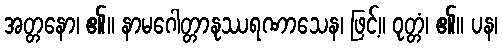
အတ္တနော၊ ၏။ နာမဂေါတ္တာနုဿရဏာသေန၊ ဖြင့်။ ဝုတ္တံ၊ ၏။ ပန၊